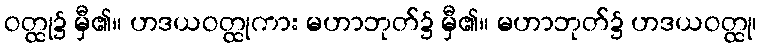
ဝတ္ထု၌ မှီ၏။ ဟဒယဝတ္ထုကား မဟာဘုတ်၌ မှီ၏။ မဟာဘုတ်၌ ဟဒယဝတ္ထု၊